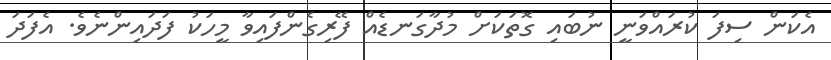
އެކަން ސިފަ ކުރައްވަނީ ނުބައި ގޮތަކަށް މުދާގަނޑެއް ފޭރިގެންފައިވާ މީހަކު ފަދައިންނެވެ. އެފަދަ